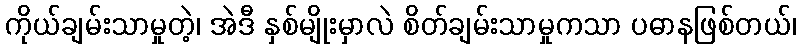
ကိုယ်ချမ်းသာမှုတဲ့၊ အဲဒီ နှစ်မျိုးမှာလဲ စိတ်ချမ်းသာမှုကသာ ပဓာနဖြစ်တယ်၊